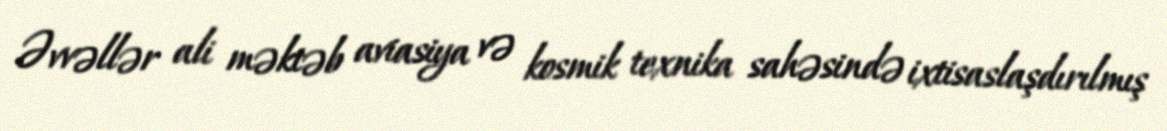
Əvvəllər ali məktəb aviasiya və kosmik texnika sahəsində ixtisaslaşdırılmış